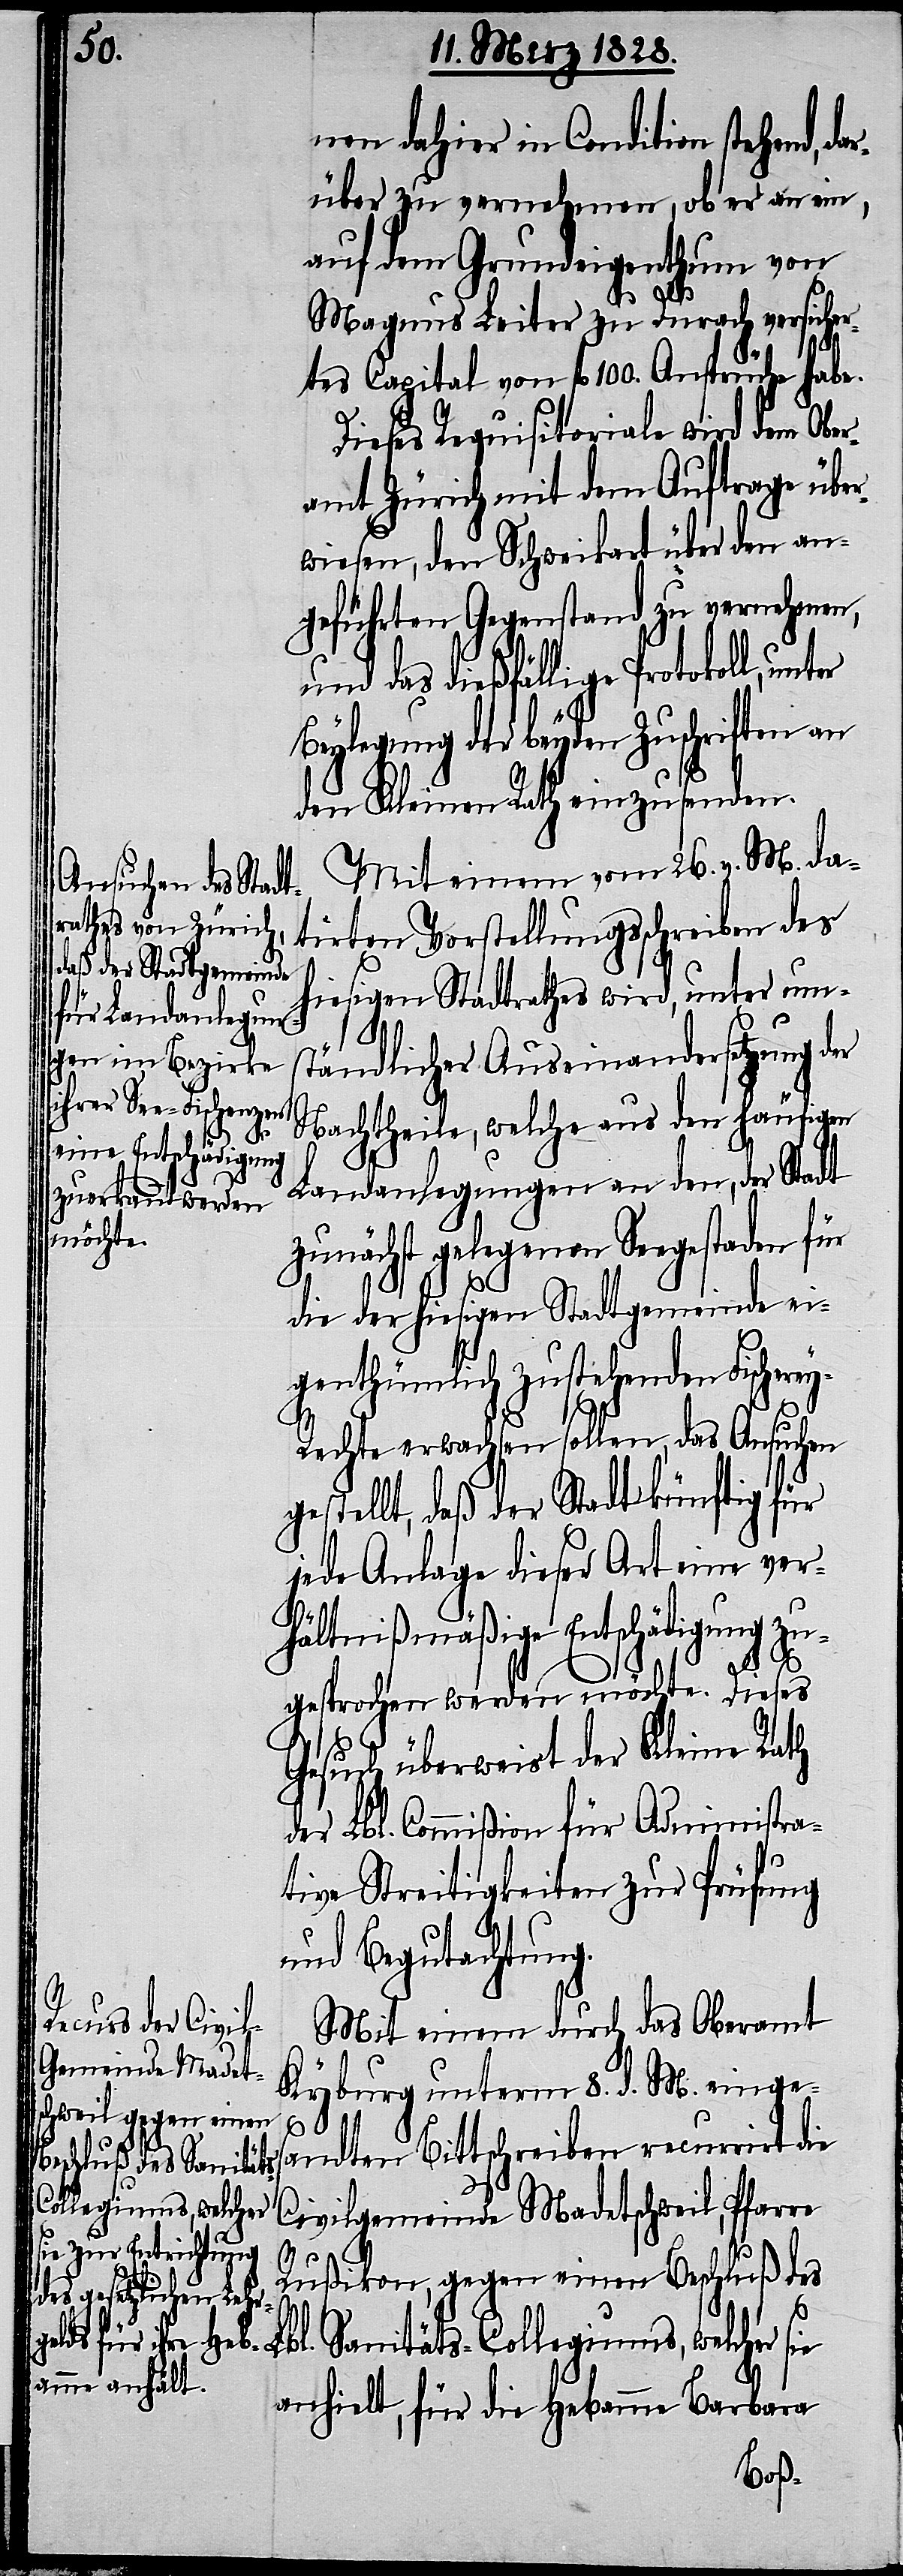
nen dahier in Condition stehend,
über zu vernehmen, ob er an ein,
auf dem Grundeigenthum von
Magnus Leiter zu Durach versicher¬
tes Capital von fl. 100. Ansprüche habe.
Dieses Requisitoriale wird dem Ober¬
amt Zürich mit dem Auftrage über¬
wiesen, den Schweikart über den an¬
geführten Gegenstand zu vernehmen,
sie
und das dießfällige Protokoll, unter
Beylegung der beyden Zuschriften an
den Kleinen Rath einzusenden.
Mit einem vom 26. v. M. da¬
tirten Vorstellungsschreiben des
hiesigen Stadtrathes wird, unter um¬
ständlicher Auseinandersetzung der
Nachtheile, welche aus den häufigen
Landanlegungen an den, der Stadt
zunächst gelegenen Seegestaden für
die der hiesigen Stadtgemeinde ei¬
genthümlich zustehenden Fischere¬
y-R¬
echte erwachsen sollen, das Ansuchen
gestellt, daß der Stadt künftig für
jede Anlage dieser Art eine ver¬
hältnißmäßige Entschädigung zu¬
gesprochen werden möchte. Dieses
Gesuch überweist der Kleine Rath
der Lbl. Commißion für Administra¬
tive Streitigkeiten zur Prüfung
und Begutachtung.
Mit einem durch das Oberamt
Kyburg unterm 8. d. M. einges¬
andten Bittschreiben recurrirt die
Civilgemeinde Madetschweil, Pfarre
Rußikon, gegen einen Beschluß des
Sanitäts-Collegiums, welches
anhielt, für die Hebamme Barbara